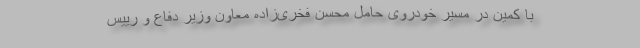
با کمین در مسیر خودروی حامل محسن فخری‌زاده معاون وزیر دفاع و رییس